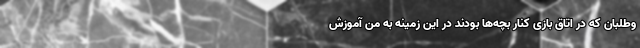
وطلبان که در اتاق بازی کنار بچه‌ها بودند در این زمینه به من آموزش